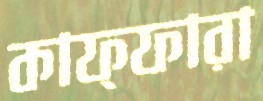
কাফ্ফারা